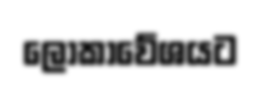
ලෝකාවේශයට